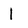
Character: 1